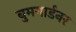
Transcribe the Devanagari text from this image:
बुमगार्डनर